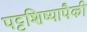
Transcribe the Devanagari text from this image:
पट्टशिष्यापैकी